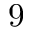
9